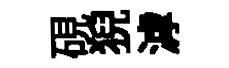
硯猊滹